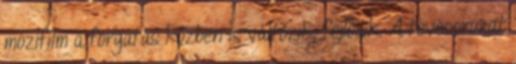
mozifilm a forgatás közben is változik, fejlődik. A tévésorozat